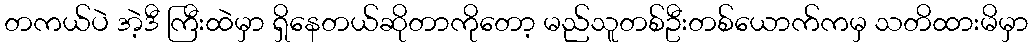
တကယ်ပဲ အဲ့ဒီ ကြီးထဲမှာ ရှိနေတယ်ဆိုတာကိုတော့ မည်သူတစ်ဦးတစ်ယောက်ကမှ သတိထားမိမှာ